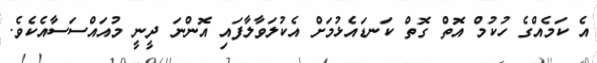
އެ ކަމެއްގެ ހުކުމް އޮތް ގޮތް ކަނޑައެޅުމަށް އެކުލަވާލާފައި އޮންނަ ދީނީ މުއައްސަސާއެކެވެ.